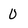
Character: 0